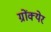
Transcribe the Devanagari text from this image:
ग्रोंक्येर